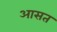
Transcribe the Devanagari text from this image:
आसत